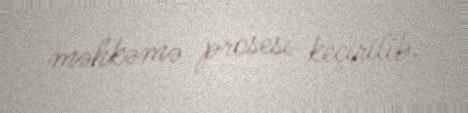
məhkəmə prosesi keçirilib.